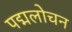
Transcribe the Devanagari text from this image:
पद्मलोचन